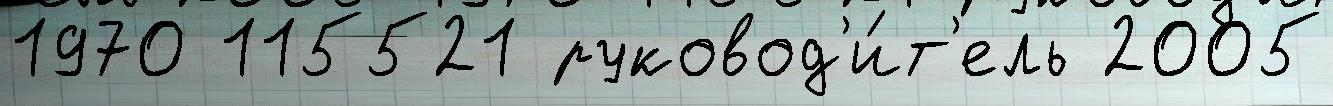
1970 115521 руковод'и́т'ель 2005